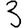
Digit: 3